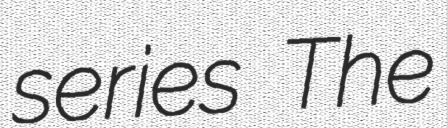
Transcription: series The